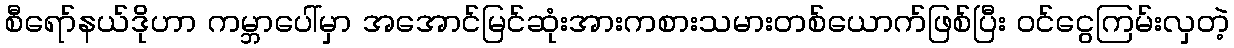
စီရော်နယ်ဒိုဟာ ကမ္ဘာပေါ်မှာ အအောင်မြင်ဆုံးအားကစားသမားတစ်ယောက်ဖြစ်ပြီး ဝင်ငွေကြမ်းလှတဲ့